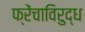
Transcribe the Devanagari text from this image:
फ्रेंचाविरुद्ध